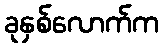
ခုနှစ်လောက်က